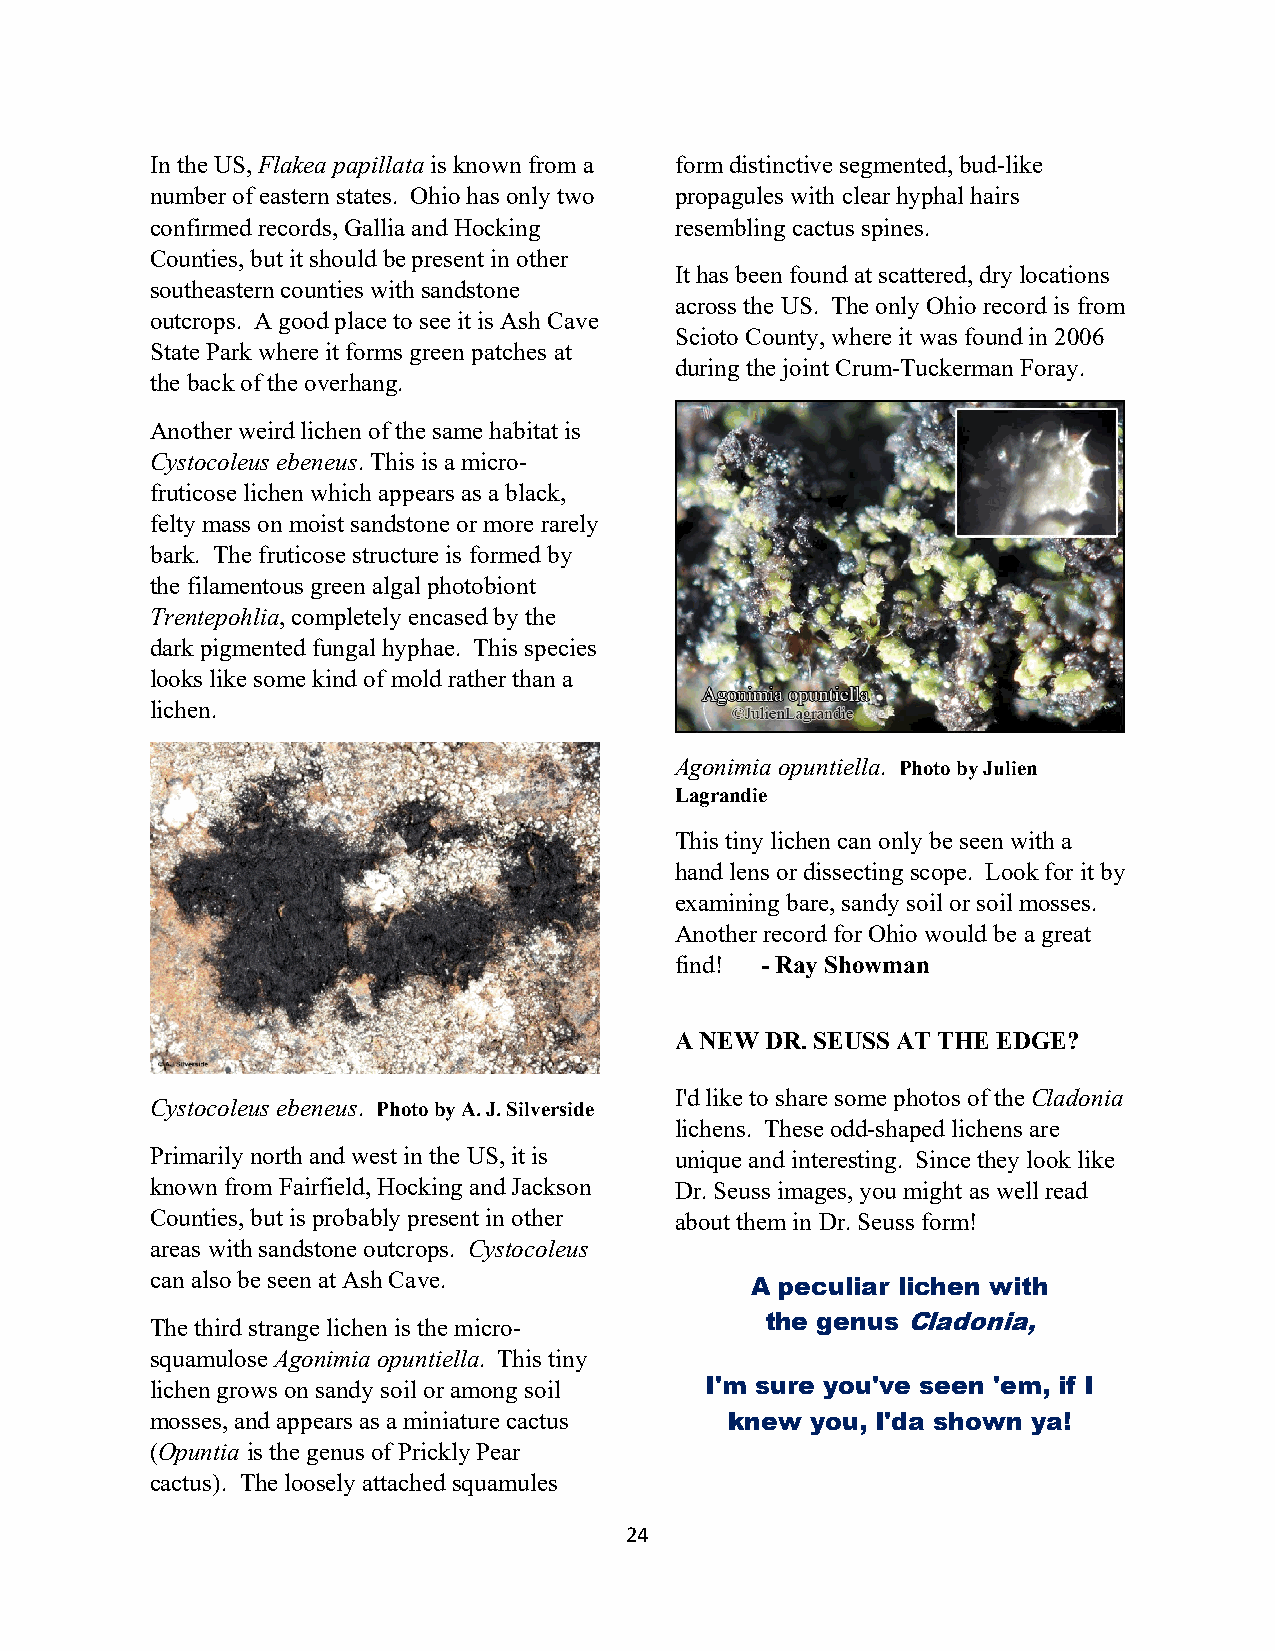
In the US, Flakea papillata is known from a form distinctive segmented, bud-like
 number of eastern states. Ohio has only two propagules with clear hyphal hairs
 confirmed records, Gallia and Hocking resembling cactus spines.
 Counties, but it should be present in other
 It has been found at scattered, dry locations
 southeastern counties with sandstone
 across the US. The only Ohio record is from
 outcrops. A good place to see it is Ash Cave
 Scioto County, where it was found in 2006
 State Park where it forms green patches at
 during the joint Crum-Tuckerman Foray.
 the back of the overhang.
 Another weird lichen of the same habitat is
 Cystocoleus ebeneus. This is a micro-
 fruticose lichen which appears as a black,
 felty mass on moist sandstone or more rarely
 bark. The fruticose structure is formed by
 the filamentous green algal photobiont
 Trentepohlia, completely encased by the
 dark pigmented fungal hyphae. This species
 looks like some kind of mold rather than a
 lichen.
 Agonimia opuntiella. Photo by Julien
 Lagrandie
 This tiny lichen can only be seen with a
 hand lens or dissecting scope. Look for it by
 examining bare, sandy soil or soil mosses.
 Another record for Ohio would be a great
 find! - Ray Showman
 A NEW DR. SEUSS AT THE EDGE?
 I'd like to share some photos of the Cladonia
 Cystocoleus ebeneus. Photo by A. J. Silverside
 lichens. These odd-shaped lichens are
 Primarily north and west in the US, it is unique and interesting. Since they look like
 known from Fairfield, Hocking and Jackson Dr. Seuss images, you might as well read
 Counties, but is probably present in other about them in Dr. Seuss form!
 areas with sandstone outcrops. Cystocoleus
 can also be seen at Ash Cave.
 A peculiar lichen with
 The third strange lichen is the micro-   the genus Cladonia,
 squamulose Agonimia opuntiella. This tiny
 lichen grows on sandy soil or among soil I'm sure you've seen 'em, if I
 mosses, and appears as a miniature cactus knew you, I'da shown ya!
 (Opuntia is the genus of Prickly Pear
 cactus). The loosely attached squamules
 24